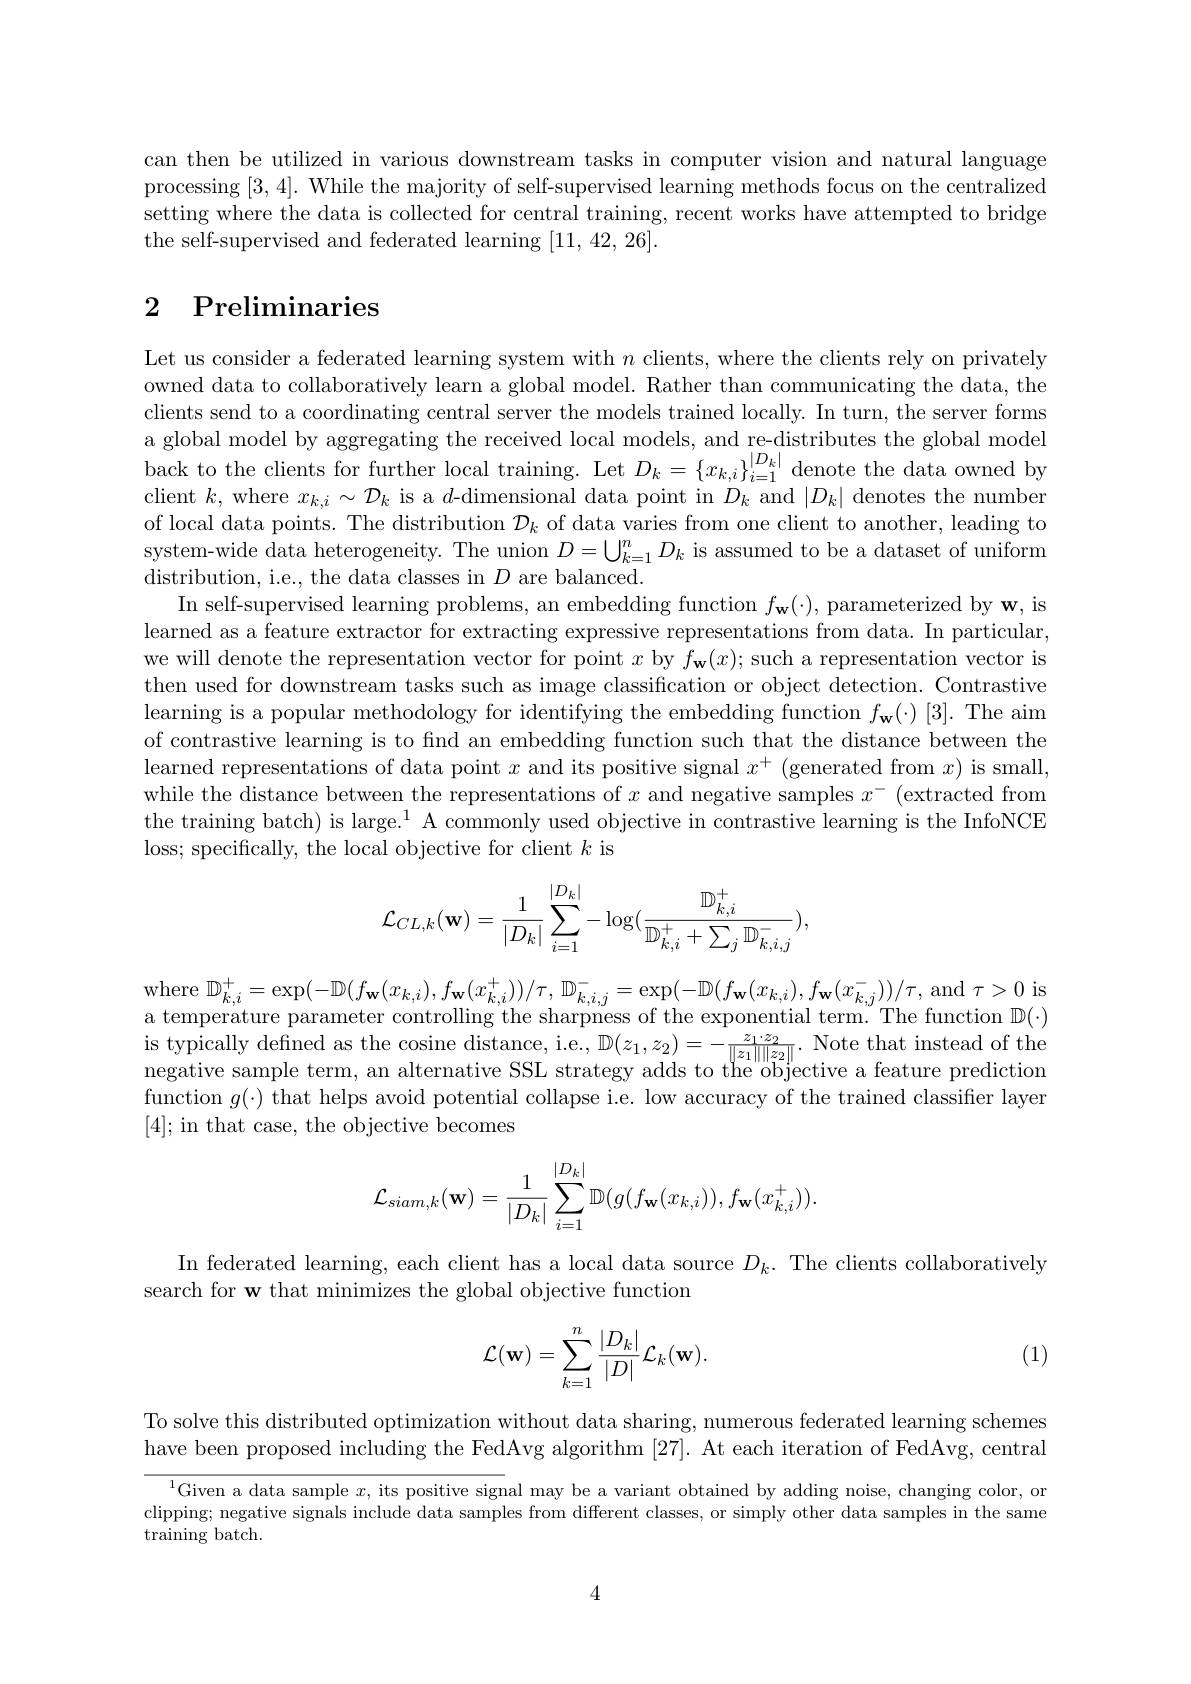
can then be utilized in various downstream tasks in computer vision and natural language processing [3,4]. While the majority of self-supervised learning methods focus on the centralized setting where the data is collected for central training, recent works have attempted to bridge the self-supervised and federated learning [11,42,26].

## 2 Preliminaries

Let us consider a federated learning system with $n$ clients, where the clients rely on privately owned data to collaboratively learn a global model. Rather than communicating the data, the clients send to a coordinating central server the models trained locally. In turn, the server forms a global model by aggregating the received local models, and re-distributes the global model back to the clients for further local training. Let $D_k=\{x_{k,i}\}_{i=1}^{|D_k|}$denote the data owned by client $k$, where $x_k,i\sim\mathcal{D}_k$ is a $d$-dimensional data point in $D_k$ and $|D_k|$ denotes the number of local data points. The distribution $\mathcal{D}_k$ of data varies from one client to another, leading to system-wide data heterogeneity. The union $D=\bigcup_k=1^nD_k$ is assumed to be a dataset of uniform distribution, i.e., the data classes in $D$ are balanced.
In self-supervised learning problems, an embedding function $f_\mathbf{w}(\cdot)$, parameterized by w, is learned as a feature extractor for extracting expressive representations from data. In particular, we will denote the representation vector for point $x$ by $f_\mathbf{w}(x);$such a representation vector is then used for downstream tasks such as image classification or object detection. Contrastive learning is a popular methodology for identifying the embedding function $f_\mathbf{w}(\cdot)[3].$ The aim of contrastive learning is to fnd an embedding function such that the distance between the learned representations of data point $x$ and its positive signal $x^+$ (generated from $x)$ is small, while the distance between the representations of $x$ and negative samples $x^-$ (extracted from the training batch) is large.$^1$ A commonly used objective in contrastive learning is the InfoNCE loss; specifically, the local objective for client $k$ is
$$\begin{aligned}\mathcal{L}_{CL,k}(\mathbf{w})&=\frac{1}{|D_k|}\sum_{i=1}^{|D_k|}-\log(\frac{\mathbb{D}_{k,i}^+}{\mathbb{D}_{k,i}^++\sum_j\mathbb{D}_{k,i,j}^-}),\end{aligned}$$
where $\mathbb{D} _{k, i}^{+ }= \exp ( - \mathbb{D} ( f_{\mathbf{w} }( x_{k, i}) , f_{\mathbf{w} }( x_{k, i}^{+ }) ) / \tau , \mathbb{D} _{k, i, j}^{- }= \exp ( - \mathbb{D} ( f_{\mathbf{w} }( x_{k, i}) , f_{\mathbf{w} }( x_{k, j}^{- }) ) / \tau $, and $\tau>0$ is a temperature parameter controlling the sharpness of the exponential term. The function $\mathbb{D}(\cdot)$ is typically defned as the cosine distance, i.e., $\mathbb{D}(z_1,z_2)=-\frac{z_1\cdot z_2}{\|z_1\|\|z_2\|}.$ Note that instead of the negative sample term, an alternative SSL strategy adds to the objective a feature prediction function $g(\cdot)$ that helps avoid potential collapse i.e. low accuracy of the trained classifier layer [4]; in that case, the objective becomes
$$\mathcal{L}_{siam,k}(\mathbf{w})=\frac{1}{|D_k|}\sum_{i=1}^{|D_k|}\mathbb{D}(g(f_\mathbf{w}(x_{k,i})),f_\mathbf{w}(x_{k,i}^+)).$$
In federated learning, each client has a local data source $D_k.$ The clients collaboratively
search for w that minimizes the global objective function

(1)
$$\begin{aligned}\mathcal{L}(\mathbf{w})=\sum_{k=1}^n\frac{|D_k|}{|D|}\mathcal{L}_k(\mathbf{w}).\end{aligned}$$
To solve this distributed optimization without data sharing, numerous federated learning schemes have been proposed including the FedAvg algorithm [27]. At each iteration of FedAvg, central

$^{1}$Given a data sample $x$, its positive signal may be a variant obtained by adding noise, changing color, or clipping; negative signals include data samples from different classes, or simply other data samples in the same ${\mathrm{training~batch.}}$

4